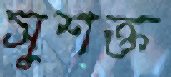
সুশক্ত